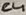
Text: C4